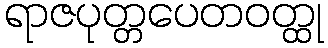
ရာဇပုတ္တပေတဝတ္ထု